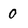
Character: 0